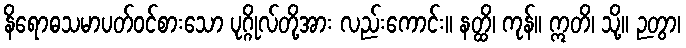
နိရောဓသမာပတ်ဝင်စားသော ပုဂ္ဂိုလ်တို့အား လည်းကောင်း။ နတ္ထိ၊ ကုန်။ ဣတိ၊ သို့။ ဉတွာ၊